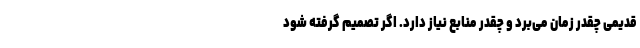
قدیمی چقدر زمان می‌برد و چقدر منابع نیاز دارد. اگر تصمیم گرفته شود